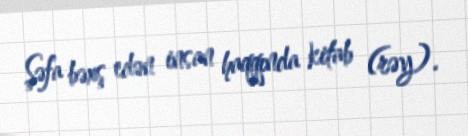
Şəfa bəxş edən insan haqqında kitab (rəy).